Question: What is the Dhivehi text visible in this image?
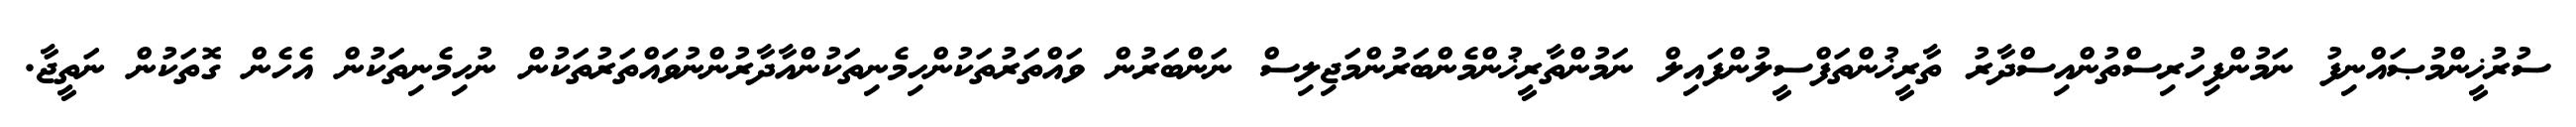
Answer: ސުރުޚީންމުޞައްނިފު ނަމުންފިހުރިސްތުންއިސްދާރު ތާރީޚުންތަފްސީލުންފައިލް ނަމުންތާރީޚުންމެންބަރުންމަޖިލިސް ނަންބަރުން ވައްތަރުތަކުންހިމެނިތަކުންއާދާރުންނުވައްތަރުތަކުން ނުހިމެނިތަކުން އެހެން ގޮތަކުން ނަތީޖާ.